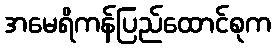
အမေရိကန်ပြည်ထောင်စုက